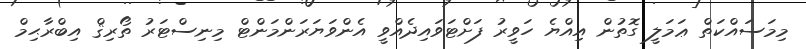
މިމަސައްކަތް ޢަމަލީ ގޮތުން އިއްޔެ ހަވީރު ފަށްޓަވައިދެއްވީ އެންވަޔަރަންމަންޓް މިނިސްޓަރު ތޯރިޤް އިބްރާޙިމް